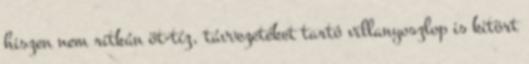
hiszen nem ritkán öt-tíz, távvezetéket tartó villanyoszlop is kitört